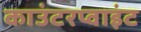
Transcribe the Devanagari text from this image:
काउंटरप्वाइंट